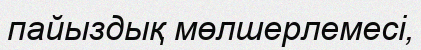
пайыздық мөлшерлемесі‚